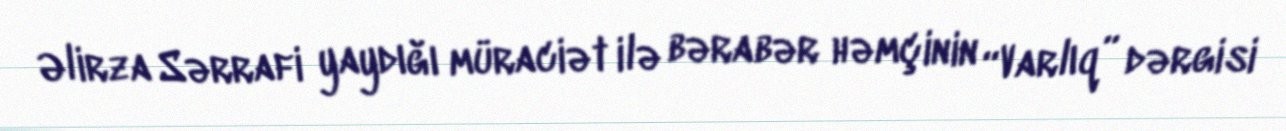
Əlirza Sərrafi yaydığı müraciət ilə bərabər həmçinin “Varlıq” dərgisi